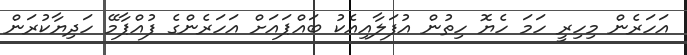
އަހަރެން މިހިރީ ހަމަ ހެޔޮ ހިތުން އުފަލާއިއެކު ބައްޕައަށް އަހަރެންގެ ފުއްޕާމޭ ހަދިޔާކުރަން